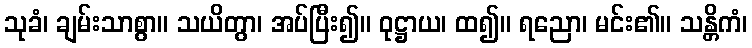
သုခံ၊ ချမ်းသာစွာ။ သယိတွာ၊ အပ်ပြီး၍။ ဝုဋ္ဌာယ၊ ထ၍။ ရညော၊ မင်း၏။ သန္တိကံ၊